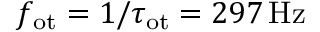
f _ { \mathrm { { o t } } } = 1 / \tau _ { \mathrm { { o t } } } = 2 9 7 \, \mathrm { { H z } }